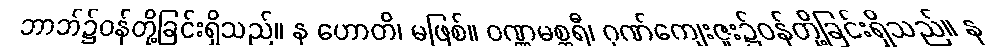
ဘာဘ်၌ဝန်တို့ခြင်းရှိသည်။ န ဟောတိ၊ မဖြစ်။ ဝဏ္ဏမစ္ဆရီ၊ ဂုဏ်ကျေးဇူး၌ဝန်တို့ခြင်းရှိသည်။ န